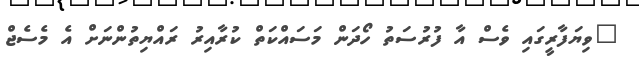
"ވިޔަފާރީގައި ވެސް އާ ފުރުސަތު ހޯދަން މަސައްކަތް ކުރާއިރު ރައްޔިތުންނަށް އެ މެސެޖް